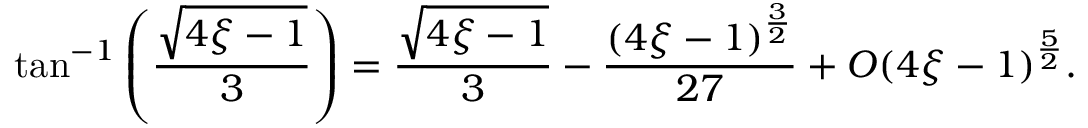
\tan ^ { - 1 } \left( \frac { { \sqrt { 4 \xi - 1 } } } { 3 } \right) = \frac { { \sqrt { 4 \xi - 1 } } } { 3 } - \frac { ( 4 \xi - 1 ) ^ { \frac { 3 } { 2 } } } { 2 7 } + O ( 4 \xi - 1 ) ^ { \frac { 5 } { 2 } } .